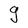
Character: g